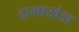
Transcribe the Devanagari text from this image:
दामाखेडा